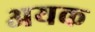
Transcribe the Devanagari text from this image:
अयक